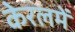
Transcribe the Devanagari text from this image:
केरलमें